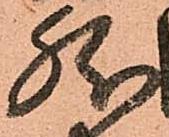
然